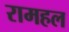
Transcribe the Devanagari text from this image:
रामहल